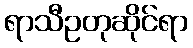
ရာသီဥတုဆိုင်ရာ